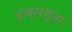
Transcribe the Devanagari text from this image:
हजारगुना